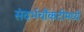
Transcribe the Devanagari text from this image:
संदर्भचौकटीमध्ये